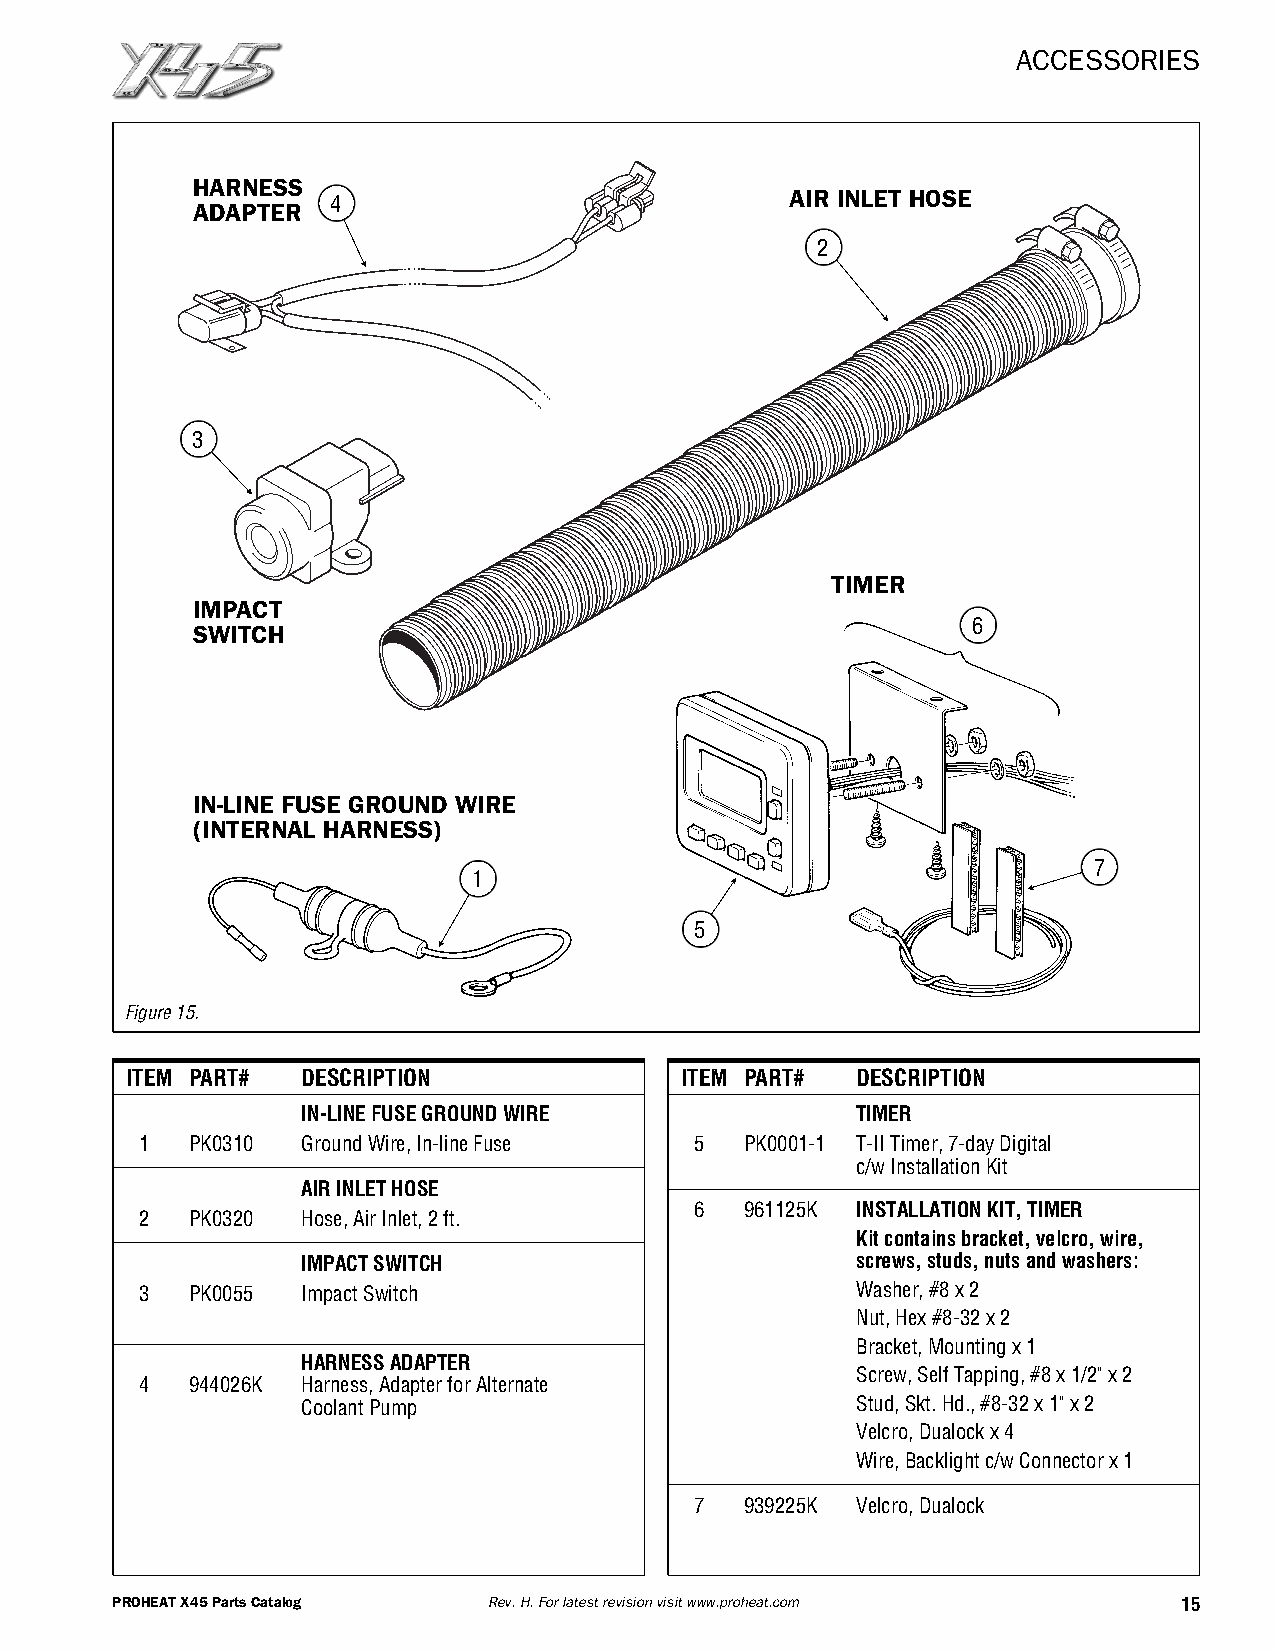
ACCESSORIES
 HARNESS
 AIR INLET HOSE
 4
 ADAPTER
 2
 3
 TIMER
 IMPACT
 6
 SWITCH
 IN-LINE FUSE GROUND WIRE
 (INTERNAL HARNESS)
 7
 1
 5
 Figure15.
 ITEM PART#  DESCRIPTION              ITEM PART#  DESCRIPTION
 IN-LINEFUSEGROUNDWIRE                TIMER
 1  PK0310  GroundWire,In-lineFuse    5  PK0001-1 T-IITimer,7-dayDigital
 c/wInstallationKit
 AIRINLETHOSE
 6  961125K INSTALLATIONKIT,TIMER
 2  PK0320  Hose,AirInlet,2ft.
 Kitcontainsbracket,velcro,wire,
 IMPACTSWITCH                         screws,studs,nutsandwashers:
 3  PK0055  ImpactSwitch                         Washer,#8x2
 Nut,Hex#8-32x2
 Bracket,Mountingx1
 HARNESSADAPTER
 Screw,SelfTapping,#8x1/2"x2
 4  944026K Harness,AdapterforAlternate
 CoolantPump                          Stud,Skt.Hd.,#8-32x1"x2
 Velcro,Dualockx4
 Wire,Backlightc/wConnectorx1
 7  939225K Velcro,Dualock
 PROHEATX45PartsCatalog   Rev.H.Forlatestrevisionvisitwww.proheat.com   15